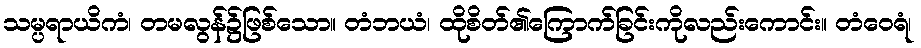
သမ္ပရာယိကံ၊ တမလွန်၌ဖြစ်သော။ တံဘယံ၊ ထိုစိတ်၏ကြောက်ခြင်းကိုလည်းကောင်း။ တံဝေရံ၊